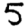
Digit: 5